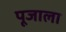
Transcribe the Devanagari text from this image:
पूजाला